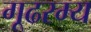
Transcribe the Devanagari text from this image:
गूढरम्य